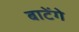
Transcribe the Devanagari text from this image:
बाटेंगे